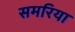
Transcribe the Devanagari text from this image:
समरिया